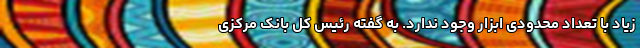
زیاد با تعداد محدودی ابزار وجود ندارد. به گفته رئیس کل بانک مرکزی